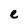
Character: e